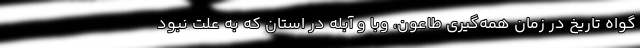
گواه تاریخ در زمان همه‌گیری طاعون، وبا و آبله در استان که به علت نبود